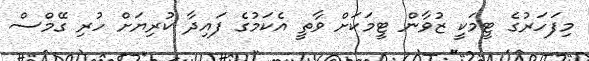
މިފަހަރުގެ ޓީމަކީ ޒުވާން ޓީމަކަށް ވާތީ އެކަމުގެ ފައިދާ ކުރިޔަށް ހުރި ގޭމްސް